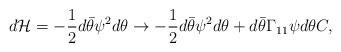
LaTeX: \begin{align*}d {\cal H} = - {1\over 2} d \bar\theta \psi^2 d\theta \rightarrow - {1\over 2}d \bar\theta \psi^2 d \theta + d \bar\theta \Gamma_{11} \psi d \theta C,\end{align*}